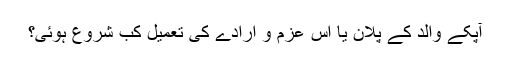
آپکے والد کے پلان یا اُس عزم و ارادے کی تعمیل کب شروع ہوئیَ؟